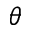
\theta